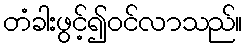
တံခါးဖွင့်၍ဝင်လာသည်။